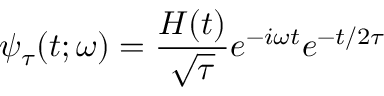
\psi _ { \tau } ( t ; \omega ) = \frac { H ( t ) } { \sqrt { \tau } } e ^ { - i \omega t } e ^ { - t / 2 \tau }